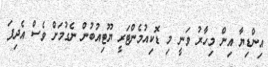
އިންޑިޔާ އިން މިހާރު ވަނީ މި ޑޮކިއުމެންޓަރީ ޔޫޓިއުބުން ނެގުމަށް ވެސް އެދިފަ